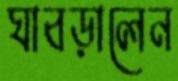
ঘাবড়ালেন